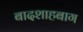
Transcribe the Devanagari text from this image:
बादशाहबाग